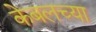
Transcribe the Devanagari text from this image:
केबलच्या